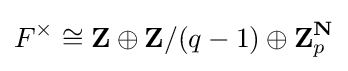
F^{\times }\cong \mathbf {Z} \oplus \mathbf {Z} /{(q-1)}\oplus \mathbf {Z} _{p}^{\mathbf {N} }